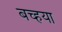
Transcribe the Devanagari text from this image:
बच्हया